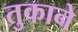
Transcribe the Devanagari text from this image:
तुकाने